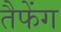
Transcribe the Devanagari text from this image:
तैफेंग